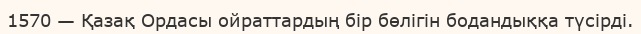
1570 — Қазақ Ордасы ойраттардың бір бөлігін бодандыққа түсірді.